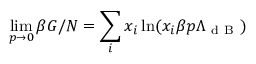
\operatorname* { l i m } _ { p \to 0 } \beta G / N = \sum _ { i } x _ { i } \ln ( x _ { i } \beta p \Lambda _ { \mathrm { ~ d ~ B ~ } } )